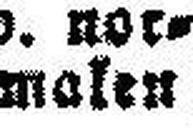
malen